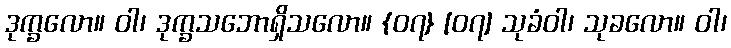
ဒုက္ခလော။ ဝါ၊ ဒုက္ခသဘောရှိသလော။ {၀၇} [၀၇] သုခံဝါ၊ သုခလော။ ဝါ၊